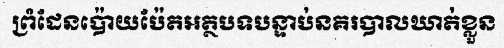
ព្រំដែនប៉ោយប៉ែតអត្ថបទបន្ទាប់នគរបាលឃាត់ខ្លួន